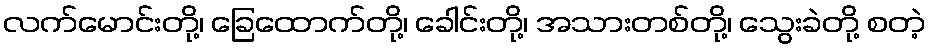
လက်မောင်းတို့၊ ခြေထောက်တို့၊ ခေါင်းတို့၊ အသားတစ်တို့၊ သွေးခဲတို့ စတဲ့